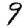
Digit: 9